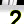
Digit: 2